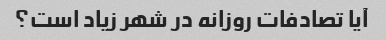
آیا تصادفات روزانه در شهر زیاد است؟